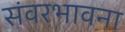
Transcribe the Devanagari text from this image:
संवरभावना